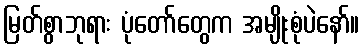
မြတ်စွာဘုရား ပုံတော်တွေက အမျိုးစုံပဲနော်။